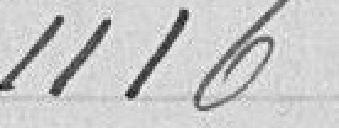
1116